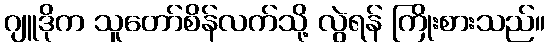
ဂျူဒိုက သူတော်စိန်လက်သို့ လွဲရန် ကြိုးစားသည်။